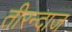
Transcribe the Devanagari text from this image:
तीरन्दाज